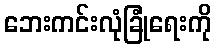
ဘေးကင်းလုံခြုံရေးကို